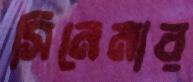
সিনেমার